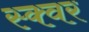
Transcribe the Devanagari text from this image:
स्क्वर